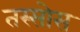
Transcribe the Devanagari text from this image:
तस्सोस